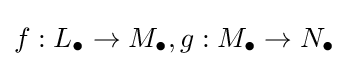
f:L_{\bullet }\to M_{\bullet },g:M_{\bullet }\to N_{\bullet }